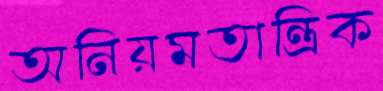
অনিয়মতান্ত্রিক